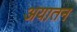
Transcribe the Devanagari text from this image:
अयातन